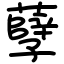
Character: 孽